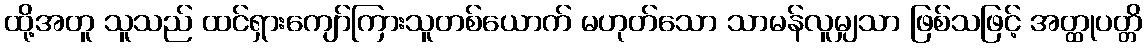
ထို့အတူ သူသည် ထင်ရှားကျော်ကြားသူတစ်ယောက် မဟုတ်သော သာမန်လူမျှသာ ဖြစ်သဖြင့် အတ္ထုပတ္တိ